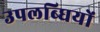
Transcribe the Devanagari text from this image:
उपलब्घियों